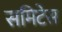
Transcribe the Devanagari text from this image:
समिटेस